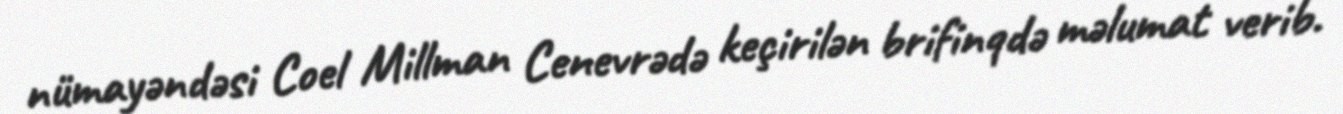
nümayəndəsi Coel Millman Cenevrədə keçirilən brifinqdə məlumat verib.